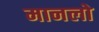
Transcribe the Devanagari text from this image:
मानलो